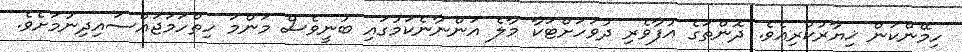
ހިމޭންކަން ޚިޔާރުކުރިއެވެ. ދޮންތަގެ އުފާވެރި ދުވަހަށްޓަކާ މާލެ އަންނާނެކަމުގައި ބުނީވެސް މަންމަ ހިތްހަމަޖައްސައިދިނުމަށެވެ.